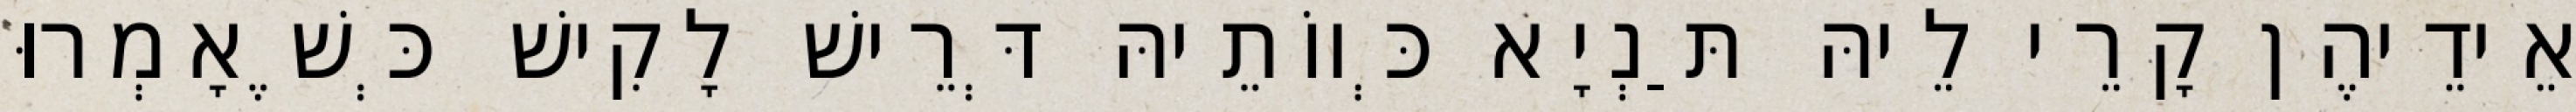
אֵידֵיהֶן קָרֵי לֵיהּ תַּנְיָא כְּווֹתֵיהּ דְּרֵישׁ לָקִישׁ כְּשֶׁאָמְרוּ